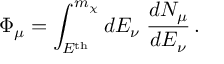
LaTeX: \Phi _ { \mu } = \int _ { E ^ { \mathrm { t h } } } ^ { m _ { \chi } } d E _ { \nu } \; \frac { d N _ { \mu } } { d E _ { \nu } } \, .